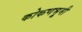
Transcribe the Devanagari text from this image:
कोकणभूमी